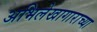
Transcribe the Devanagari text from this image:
अभिलेखागाराच्या